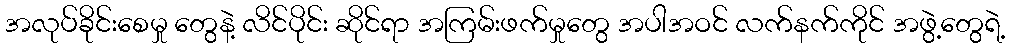
အလုပ်ခိုင်းစေမှု တွေနဲ့ လိင်ပိုင်း ဆိုင်ရာ အကြမ်းဖက်မှုတွေ အပါအဝင် လက်နက်ကိုင် အဖွဲ့တွေရဲ့